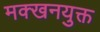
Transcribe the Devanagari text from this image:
मक्खनयुक्त